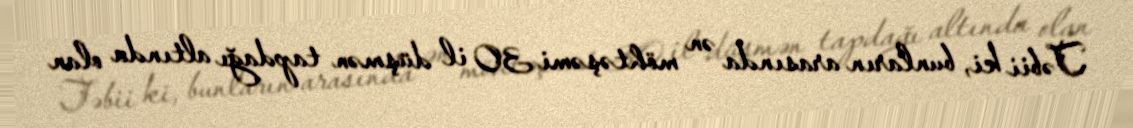
Təbii ki, bunların arasında ən möhtəşəmi 30 il düşmən tapdağı altında olan